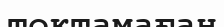
тоқтамаған